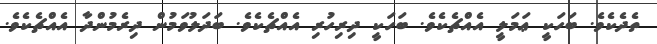
ތެދެކެވެ. ބަހަކީ ޢަމަލީ އެއްޗެކެވެ. ބަހަކީ ދިރިހުރި އެއްޗެކެވެ. ބަދަލުވަމުން ދިރެމުންދާ އެއްޗެކެވެ.